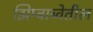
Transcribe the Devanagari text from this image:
झिम्बाब्वेतील